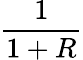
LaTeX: \frac{1}{1+R}